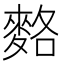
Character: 𪌣